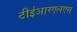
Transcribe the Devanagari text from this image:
टीईआरएलएस